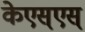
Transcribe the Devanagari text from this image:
केएस्‌एस्‌